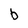
Character: b